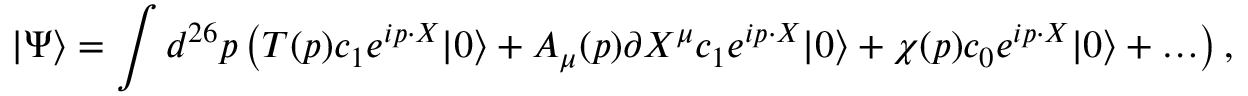
| \Psi \rangle = \int d ^ { 2 6 } p \left( T ( p ) c _ { 1 } e ^ { i p \cdot X } | 0 \rangle + A _ { \mu } ( p ) \partial X ^ { \mu } c _ { 1 } e ^ { i p \cdot X } | 0 \rangle + \chi ( p ) c _ { 0 } e ^ { i p \cdot X } | 0 \rangle + \ldots \right) ,